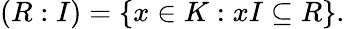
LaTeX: (R:I)=\{ x\in K:xI\subseteq R\} .